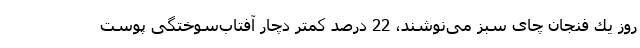
روز یك فنجان چای سبز می‌نوشند، 22 درصد كمتر دچار آفتاب‌سوختگی پوست